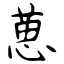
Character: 葸